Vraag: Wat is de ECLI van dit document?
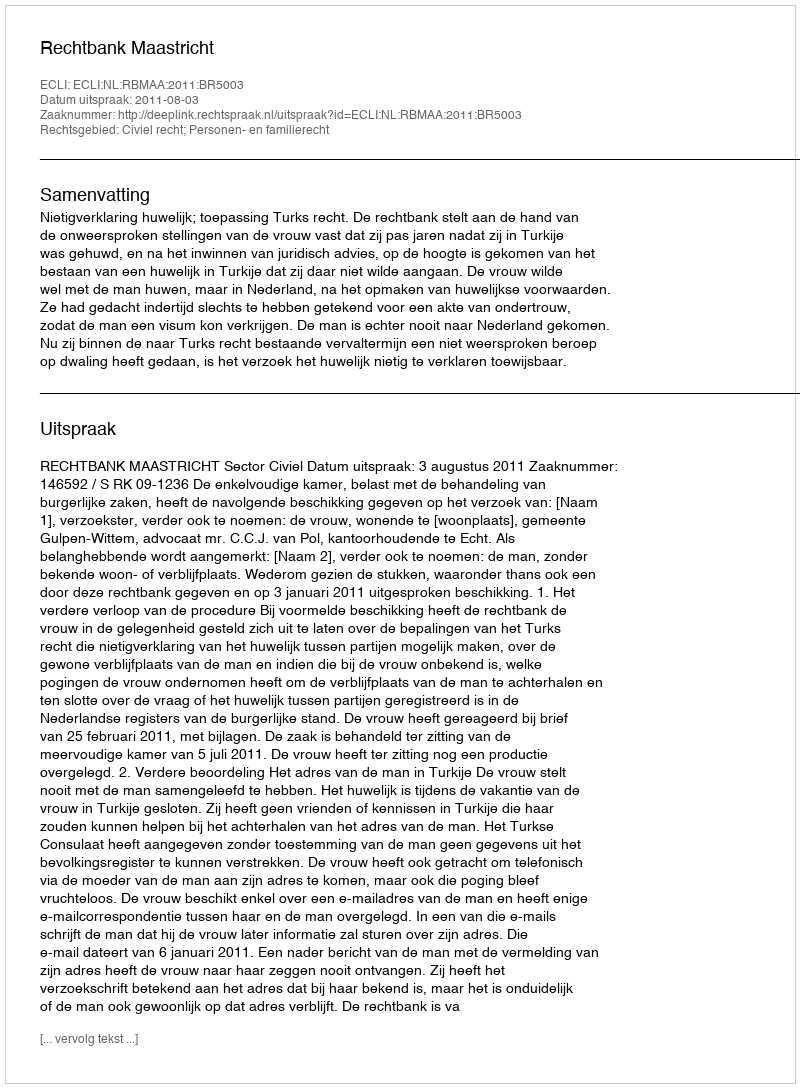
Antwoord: ECLI:NL:RBMAA:2011:BR5003